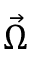
\vec { \Omega }